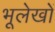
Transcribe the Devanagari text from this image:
भूलेखों